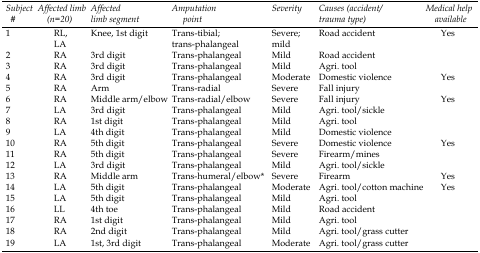
<table><thead><tr><td><b>Subject #</b></td><td><b>Affected limb (n=20)</b></td><td><b>Affected limb segment</b></td><td><b>Amputation point</b></td><td><b>Severity</b></td><td><b>Causes (accident/trauma type)</b></td><td><b>Medical help available</b></td></tr></thead><tbody><tr><td>1</td><td>RL, LA</td><td>Knee, 1<sup>st</sup> digit </td><td>Trans-tibial; trans-phalangeal</td><td>Severe; mild </td><td>Road accident </td><td>Yes </td></tr><tr><td>2</td><td>RA</td><td>3rd digit</td><td>Trans-phalangeal</td><td>Mild</td><td>Road accident </td><td></td></tr><tr><td>3</td><td>RA</td><td>3rd digit</td><td>Trans-phalangeal</td><td>Mild</td><td>Agri. tool</td><td></td></tr><tr><td>4</td><td>RA</td><td>3rd digit</td><td>Trans-phalangeal</td><td>Moderate</td><td>Domestic violence</td><td>Yes</td></tr><tr><td>5</td><td>RA</td><td>Arm</td><td>Trans-radial </td><td>Severe</td><td>Fall injury</td><td></td></tr><tr><td>6</td><td>RA</td><td>Middle arm/elbow</td><td>Trans-radial/elbow</td><td>Severe </td><td>Fall injury </td><td>Yes </td></tr><tr><td>7</td><td>LA</td><td>3rd digit</td><td>Trans-phalangeal</td><td>Mild</td><td>Agri. tool/sickle</td><td></td></tr><tr><td>8</td><td>RA</td><td>1st digit</td><td>Trans-phalangeal</td><td>Mild</td><td>Agri. tool</td><td></td></tr><tr><td>9</td><td>LA</td><td>4th digit</td><td>Trans-phalangeal</td><td>Mild</td><td>Domestic violence</td><td></td></tr><tr><td>10</td><td>RA</td><td>5th digit</td><td>Trans-phalangeal</td><td>Severe</td><td>Domestic violence</td><td>Yes</td></tr><tr><td>11</td><td>RA</td><td>5th digit</td><td>Trans-phalangeal</td><td>Severe</td><td>Firearm/mines</td><td></td></tr><tr><td>12</td><td>LA</td><td>3rd digit</td><td>Trans-phalangeal</td><td>Mild</td><td>Agri. tool/sickle</td><td></td></tr><tr><td>13</td><td>RA</td><td>Middle arm</td><td>Trans-humeral/elbow*</td><td>Severe</td><td>Firearm </td><td>Yes</td></tr><tr><td>14</td><td>LA</td><td>5th digit</td><td>Trans-phalangeal</td><td>Moderate</td><td>Agri. tool/cotton machine</td><td>Yes</td></tr><tr><td>15</td><td>LA</td><td>5th digit</td><td>Trans-phalangeal</td><td>Mild</td><td>Agri. tool</td><td></td></tr><tr><td>16</td><td>LL</td><td>4th toe</td><td>Trans-phalangeal</td><td>Mild</td><td>Road accident</td><td></td></tr><tr><td>17</td><td>RA</td><td>1<sup>st</sup> digit </td><td>Trans-phalangeal </td><td>Mild </td><td>Agri. tool</td><td></td></tr><tr><td>18</td><td>RA</td><td>2nd digit</td><td>Trans-phalangeal</td><td>Mild</td><td>Agri. tool/grass cutter</td><td></td></tr><tr><td>19</td><td>LA</td><td>1st, 3rd digit</td><td>Trans-phalangeal</td><td>Moderate</td><td>Agri. tool/grass cutter</td><td></td></tr></tbody></table>